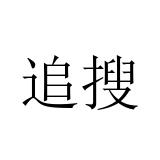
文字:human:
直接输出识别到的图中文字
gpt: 追搜